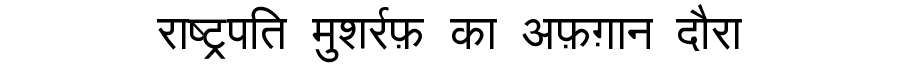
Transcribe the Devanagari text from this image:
राष्ट्रपति मुशर्रफ़ का अफ़ग़ान दौरा